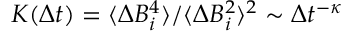
K ( \Delta t ) = \langle \Delta B _ { i } ^ { 4 } \rangle / \langle \Delta B _ { i } ^ { 2 } \rangle ^ { 2 } \sim \Delta t ^ { - \kappa }